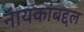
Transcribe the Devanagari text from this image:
नायकांबद्दल